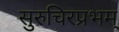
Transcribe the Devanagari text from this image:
सुरुचिरप्रभम्